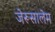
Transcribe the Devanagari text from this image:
जेरूसालेम